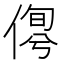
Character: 𠋹